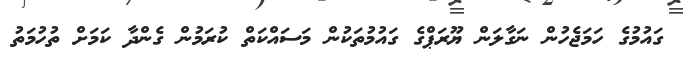
ގައުމުގެ ހަމަޖެހުން ނަގާލަން ޔޫރަޕްގެ ގައުމުތަކުން މަސައްކަތް ކުރަމުން ގެންދާ ކަމަށް ތުހުމަތު